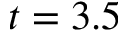
t = 3 . 5